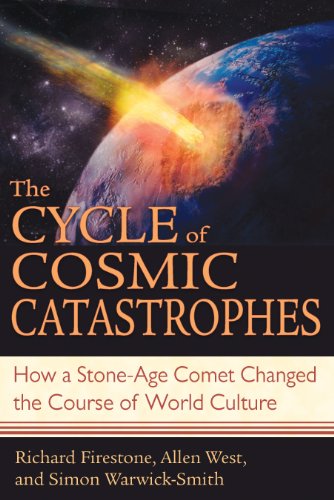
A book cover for The Cycle of Cosmic Catastrophes: How a Stone-Age Comet Changed the Course of World Culture; Richard Firestone; History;